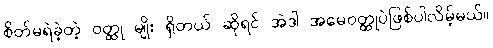
စိတ်မရဲခဲ့တဲ့ ဝတ္ထု မျိုး ရှိတယ် ဆိုရင် အဲဒါ အမေဝတ္ထုပဲဖြစ်ပါလိမ့်မယ်။